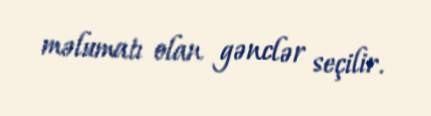
məlumatı olan gənclər seçilir.